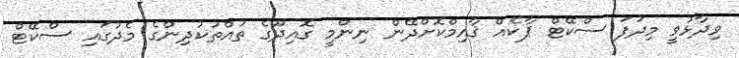
ވިދާޅުވީ މިދަފަ ސްކޭޓް ޕާކެއް ޤާއިމްކޮށްދޭން ނިންމީ ގޮއިދޫގެ ތުއްތުކުދިންގެ މެދުގައި ސްކޭޓް